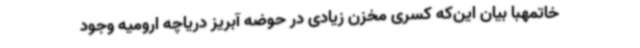
خاتمهبا بیان این‌که کسری مخزن زیادی در حوضه آبریز دریاچه ارومیه وجود